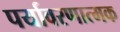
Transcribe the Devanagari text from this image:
पर्यावरणात्मक